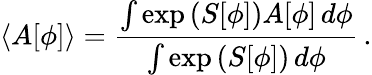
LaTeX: \langle A[\phi]\rangle=\frac{\int\exp\left(S[\phi]\right)A[\phi]\, d\phi}{\int\exp\left(S[\phi]\right)\, d\phi}\, .